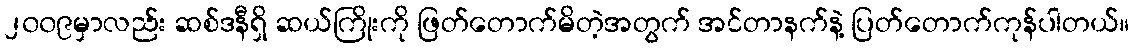
၂၀၀၉မှာလည်း ဆစ်ဒနီရှိ ဆယ်ကြိုးကို ဖြတ်တောက်မိတဲ့အတွက် အင်တာနက်နဲ့ ပြတ်တောက်ကုန်ပါတယ်။